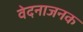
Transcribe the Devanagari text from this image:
वेदनाजनक